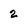
Character: 2